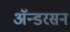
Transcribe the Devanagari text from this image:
ॲन्डरसन